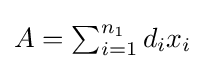
{\textstyle A=\sum _{i=1}^{n_{1}}d_{i}x_{i}}